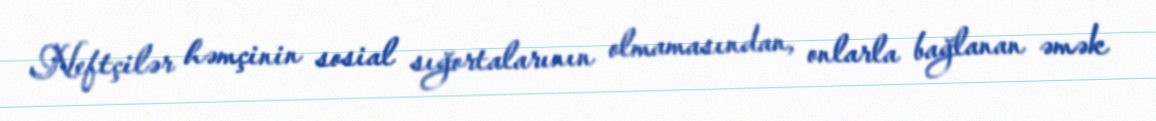
Neftçilər həmçinin sosial sığortalarının olmamasından, onlarla bağlanan əmək